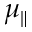
\mu _ { \parallel }